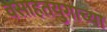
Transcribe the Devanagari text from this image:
वसाहतयुगाच्या